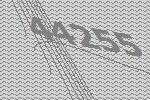
44255